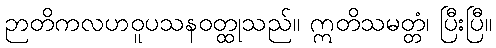
ဉာတိကလဟဝူပသနဝတ္ထုသည်။ ဣတိသမတ္တံ၊ ပြီးပြီ။